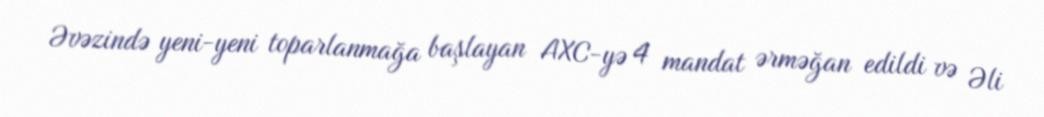
Əvəzində yeni-yeni toparlanmağa başlayan AXC-yə 4 mandat ərməğan edildi və Əli